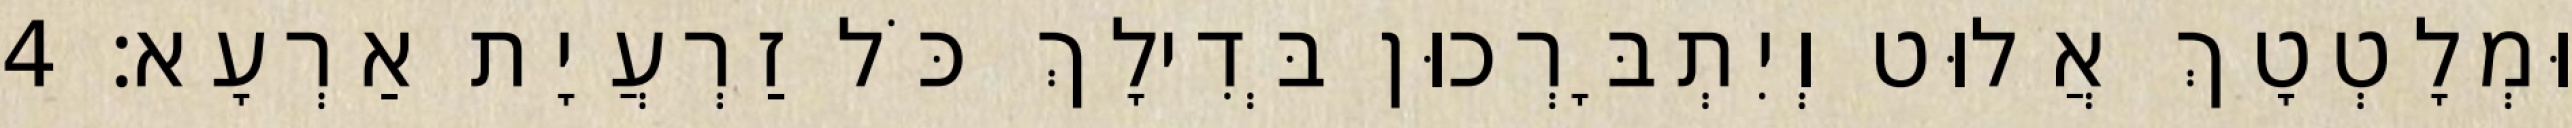
וּמְלָטְטָךְ אֲלוּט וְיִתְבָּרְכוּן בְּדִילָךְ כֹּל זַרְעֲיָת אַרְעָא׃ 4